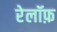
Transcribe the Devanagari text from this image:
रेलॉफ़